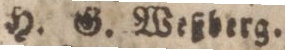
H. G. Weßberg.